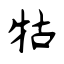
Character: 牯